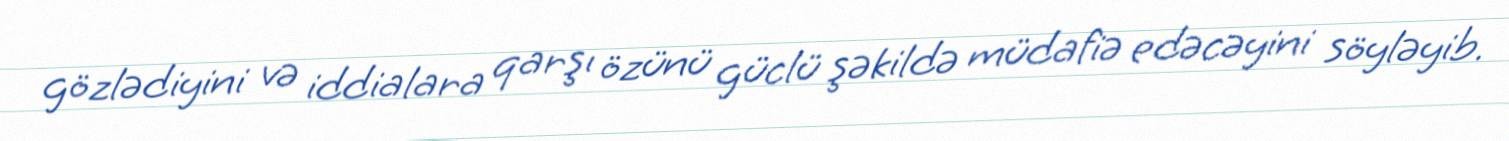
gözlədiyini və iddialara qarşı özünü güclü şəkildə müdafiə edəcəyini söyləyib.